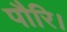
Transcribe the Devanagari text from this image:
पौरि।